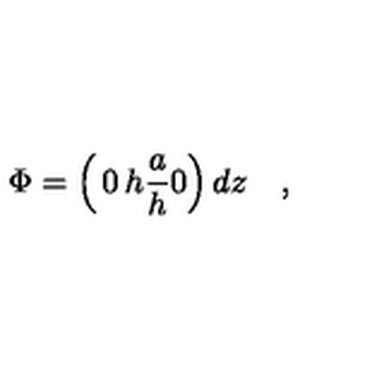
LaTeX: \Phi = \left( \begin{matrix} { 0 } & { h } \\ { { \frac { a } { h } } } & { 0 } \\ \end{matrix} \right) d z \quad ,